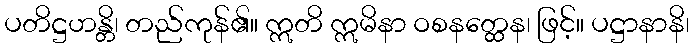
ပတိဋ္ဌဟန္တိ၊ တည်ကုန်၏။ ဣတိ ဣမိနာ ဝစနတ္ထေန၊ ဖြင့်။ ပဋ္ဌာနာနိ၊